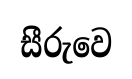
සීරුවෙ